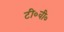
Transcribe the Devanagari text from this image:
टी०वी०